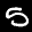
Label: 5